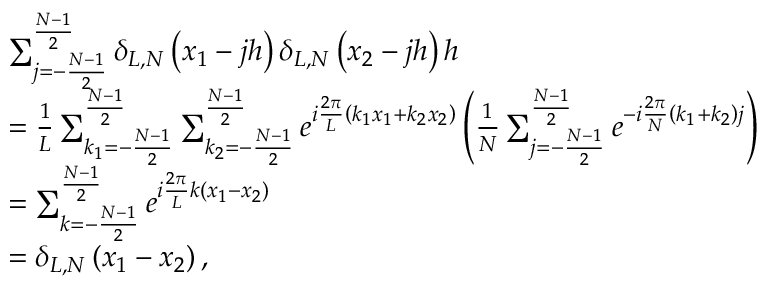
\begin{array} { r l } & { \sum _ { j = - \frac { N - 1 } { 2 } } ^ { \frac { N - 1 } { 2 } } \delta _ { L , N } \left( x _ { 1 } - j h \right) \delta _ { L , N } \left( x _ { 2 } - j h \right) h } \\ & { = \frac { 1 } { L } \sum _ { k _ { 1 } = - \frac { N - 1 } { 2 } } ^ { \frac { N - 1 } { 2 } } \sum _ { k _ { 2 } = - \frac { N - 1 } { 2 } } ^ { \frac { N - 1 } { 2 } } e ^ { i \frac { 2 \pi } { L } \left( k _ { 1 } x _ { 1 } + k _ { 2 } x _ { 2 } \right) } \left( \frac { 1 } { N } \sum _ { j = - \frac { N - 1 } { 2 } } ^ { \frac { N - 1 } { 2 } } e ^ { - i \frac { 2 \pi } { N } \left( k _ { 1 } + k _ { 2 } \right) j } \right) } \\ & { = \sum _ { k = - \frac { N - 1 } { 2 } } ^ { \frac { N - 1 } { 2 } } e ^ { i \frac { 2 \pi } { L } k \left( x _ { 1 } - x _ { 2 } \right) } } \\ & { = \delta _ { L , N } \left( x _ { 1 } - x _ { 2 } \right) , } \end{array}